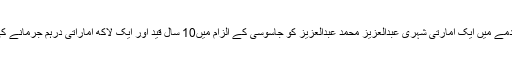
عدالت نے اس مقدمے میں ایک امارتی شہری عبدالعزیز محمد عبدالعزیز کو جاسوسی کے الزام میں10 سال قید اور ایک لاکھ اماراتی درہم جُرمانے کی سزا سُنائی ہے۔